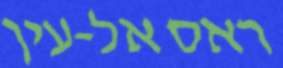
ראס אל-עין